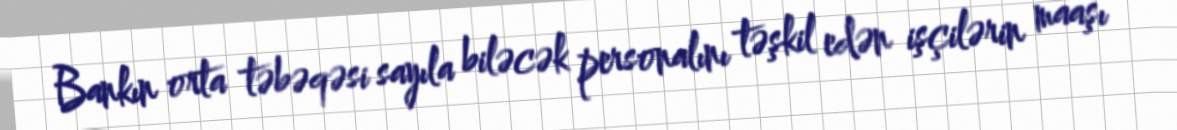
Bankın orta təbəqəsi sayıla biləcək personalını təşkil edən işçilərin maaşı